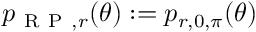
p _ { \mathrm { ~ R ~ P ~ } , r } ( \theta ) : = p _ { r , 0 , \pi } ( \theta )